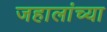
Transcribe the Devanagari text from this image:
जहालांच्या